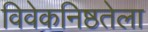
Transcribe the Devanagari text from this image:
विवेकनिष्ठतेला